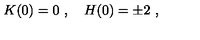
K ( 0 ) = 0 \ , \quad H ( 0 ) = \pm 2 \ ,